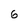
Character: 6